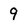
Character: 9